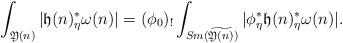
LaTeX: \begin{align*}\int_{\mathfrak Y(n)}|\mathfrak h(n)_{\eta}^*\omega(n)|=(\phi_0)_!\int_{Sm(\widetilde{\mathfrak Y(n)})}|\phi_{\eta}^*\mathfrak h(n)_{\eta}^*\omega(n)|.\end{align*}